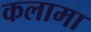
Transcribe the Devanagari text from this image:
कलामा